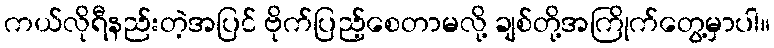
ကယ်လိုရီနည်းတဲ့အပြင် ဗိုက်ပြည့်စေတာမလို့ ချစ်တို့အကြိုက်တွေ့မှာပါ။